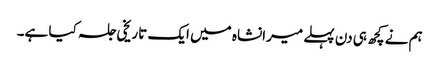
ہم نے کچھ ہی دن پہلے میرانشاہ میں ایک تاریخی جلسہ کیا ہے۔